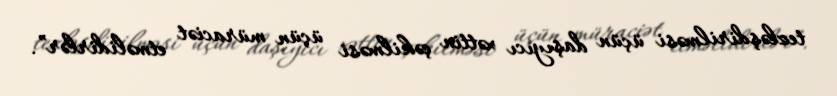
tezləşdirilməsi üçün daşıyıcı xəttin çəkilməsi üçün müraciət etməlidirlər”.